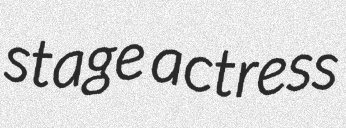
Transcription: stage actress